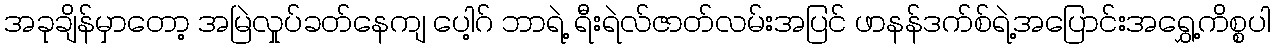
အခုချိန်မှာတော့ အမြဲလှုပ်ခတ်နေကျ ပေါ့ဂ် ဘာရဲ့ ရီးရဲလ်ဇာတ်လမ်းအပြင် ဖာနန်ဒက်စ်ရဲ့အပြောင်းအရွှေ့ကိစ္စပါ